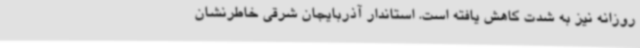
روزانه نیز به شدت کاهش یافته است. استاندار آذربایجان شرقی خاطرنشان